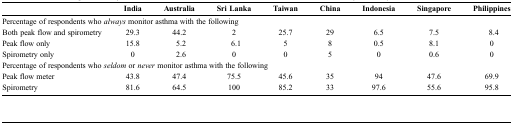
|  | India | Australia | Sri Lanka | Taiwan | China | Indonesia | Singapore | Philippines |
 | --- | --- | --- | --- | --- | --- | --- | --- | --- |
 | <COLSPAN=9> Percentage of respondents who always monitor asthma with the following |
 | Both peak flow and spirometry | 29.3 | 44.2 | 2 | 25.7 | 29 | 6.5 | 7.5 | 8.4 |
 | Peak flow only | 15.8 | 5.2 | 6.1 | 5 | 8 | 0.5 | 8.1 | 0 |
 | Spirometry only | 0 | 2.6 | 0 | 0 | 5 | 0 | 0.6 | 0 |
 | <COLSPAN=9> Percentage of respondents who seldom or never monitor asthma with the following |
 | Peak flow meter | 43.8 | 47.4 | 75.5 | 45.6 | 35 | 94 | 47.6 | 69.9 |
 | Spirometry | 81.6 | 64.5 | 100 | 85.2 | 33 | 97.6 | 55.6 | 95.8 |